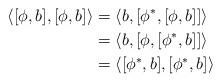
LaTeX: \begin{align*}\langle [\phi,b],[\phi,b]\rangle &= \langle b,[\phi^*,[\phi,b]]\rangle \\ &= \langle b,[\phi,[\phi^*,b]]\rangle \\ &= \langle [\phi^*,b],[\phi^*,b] \rangle\end{align*}